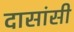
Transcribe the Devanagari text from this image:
दासांसी